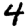
Digit: 4